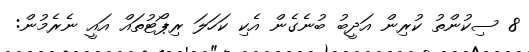
8 ސިކުންތު ކުރިން އަދީބު ބުނެގެން އެކި ކަހަލަ ރިޕޯޓުތައް އައީ ނެރެމުން: